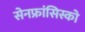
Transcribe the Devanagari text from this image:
सेनफ्रांसिस्को